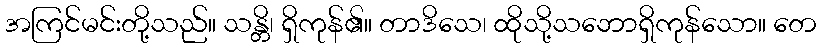
အကြင်မင်းတို့သည်။ သန္တိ၊ ရှိကုန်၏။ တာဒိသေ၊ ထိုသို့သဘောရှိကုန်သော။ တေ